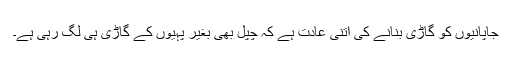
جاپانیوں کو گاڑی بنانے کی اتنی عادت ہے کہ چپل بھی بغیر پہیوں کے گاڑی ہی لگ رہی ہے۔